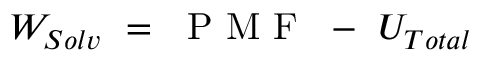
W _ { S o l v } ~ = ~ \mathrm { ~ P ~ M ~ F ~ } ~ - ~ U _ { T o t a l }